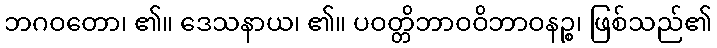
ဘဂဝတော၊ ၏။ ဒေသနာယ၊ ၏။ ပဝတ္တိဘာဝဝိဘာဝနဉ္စ၊ ဖြစ်သည်၏